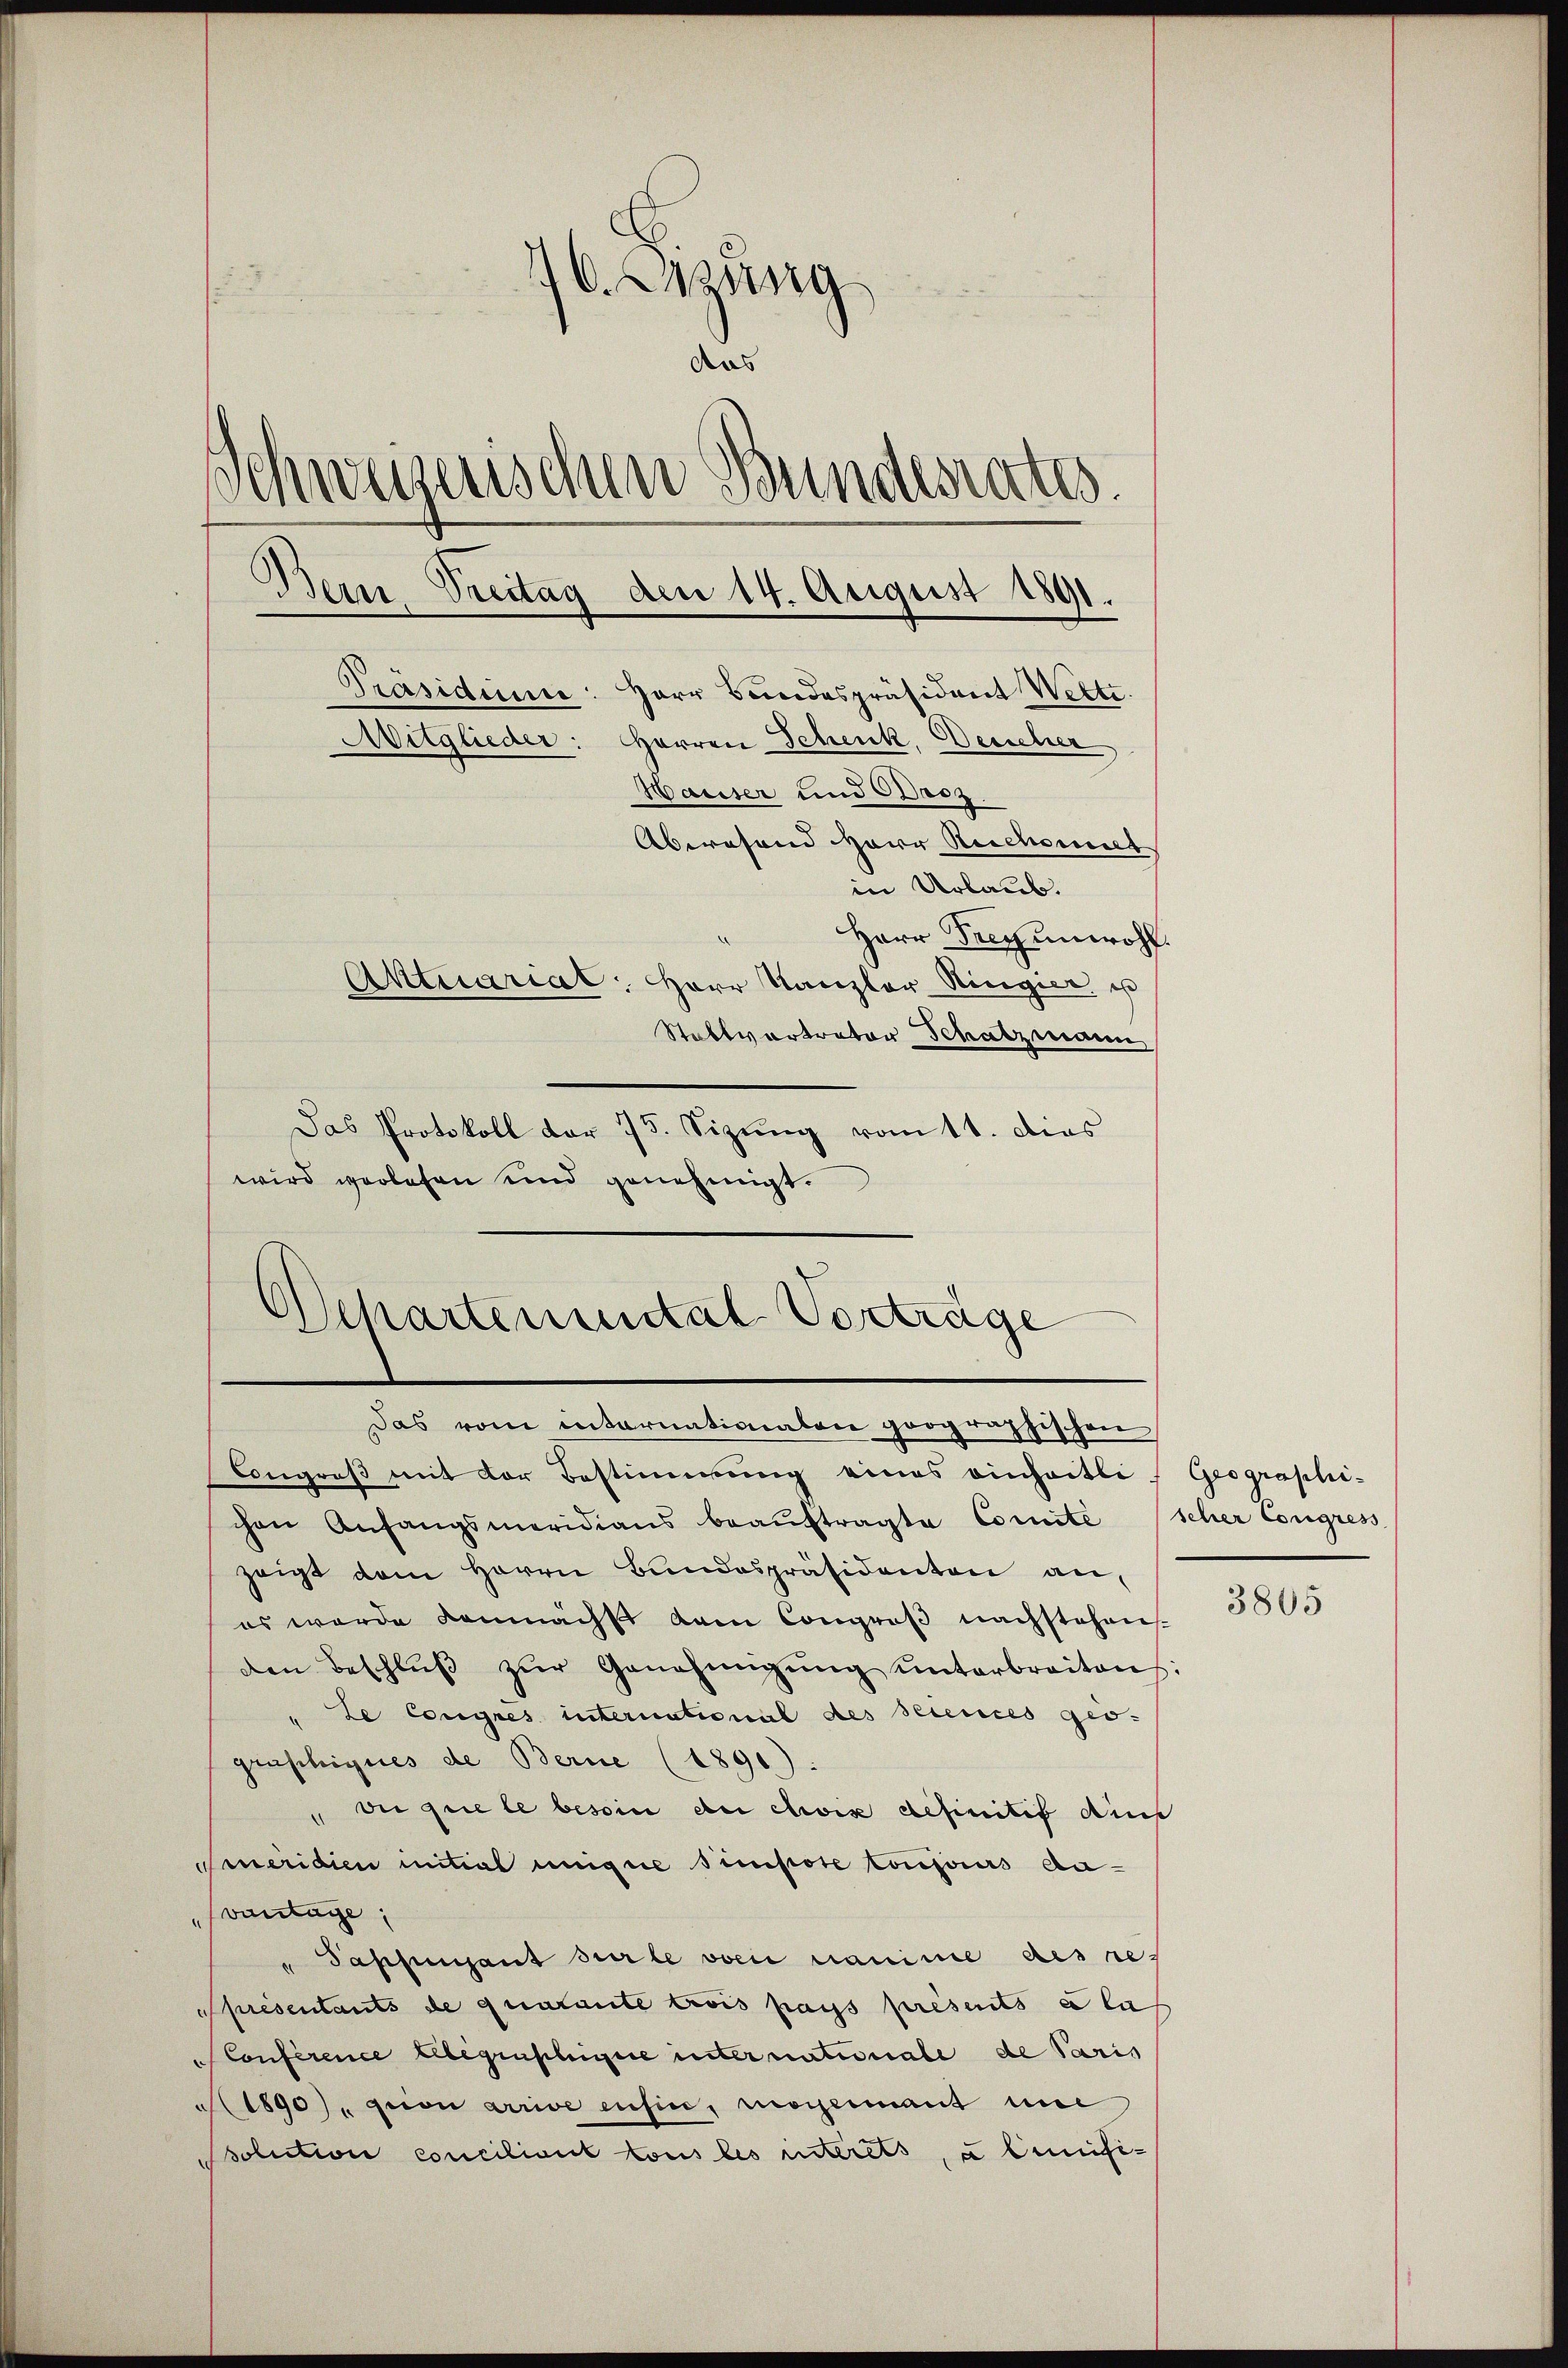
16. Cessing
das
)
chweizerischen Bundesrates.
Bern, Treitag den 14. August 1891.
Präsidium: Herr Bundespräsident Welti.
Mitglieder: Herren Schenk, Deucher
Hauser und Basz.
Abwesend Herr Reichemiet
in Urlaub.
Herr Frey unwohl.
Aktuariat. Herr Kanzler Ringier. u
Stabtvortreter Schatzmann

Das Protokoll der 75. Sizung vom 11. dies
wird verlesen und genehmigt.

Schartemental Vorträge
Das vom internationalen geographischen

Congruß mit der Bestimmung eines einheitli, Geographi-
chen Anfangsmeridians beaŭftragte Comité scher Congress
zeigt dem Herrn Bundespräsidenten an,
es wurde demnächst dem Congroβ nachstehen-
den Beschlŭβ zŭr Genehmigŭng ŭnterbreiten:
le Congres unternational des seiences geo-
grüphiques de Berne (1896):
 di que le besoin dei civis definitif dies
Coneridien initial uneigne simpore conjours davantage,
" Passungent sur le von nanime des re¬
Spresentants de quatante trois pays présents à la
Conference Albegristige unter naturiale de Paris
M 1890, gion arrive ensin, wogenmant une
Psolution conciliant tous les interets, a lunifi¬

3805